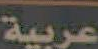
عربية